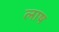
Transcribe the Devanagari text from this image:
लाष